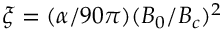
\xi = ( \alpha / 9 0 \pi ) ( B _ { 0 } / B _ { c } ) ^ { 2 }